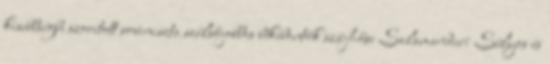
kisebbségbe szorított soviniszta szélsőjobbos békebontók szájhőse Salamander: Súlyos és